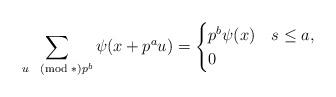
LaTeX: \begin{align*}\sum_{u\pmod*{p^{b}}} \psi(x+p^{a} u)=\begin{cases}p^b \psi(x) & s\leq a, \\0 & \end{cases}\end{align*}